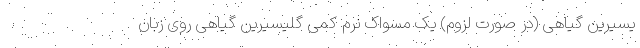
یسیرین گیاهی (در صورت لزوم) یک مسواک نرم کمی گلیسیرین گیاهی روی زبان